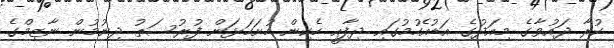
ކުރާ ދައުވާގެ މިއަދުގެ އަޑުއެހުމުގައި ދިފާއީ ހެކިން ހުށަހަޅަން ފުރުސަތު ދިނުމުން ނާޒިމްގެ